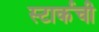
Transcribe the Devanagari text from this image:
स्टार्कची